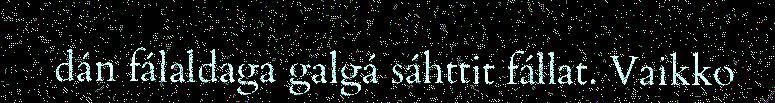
dán fálaldaga galgá sáhttit fállat. Vaikko